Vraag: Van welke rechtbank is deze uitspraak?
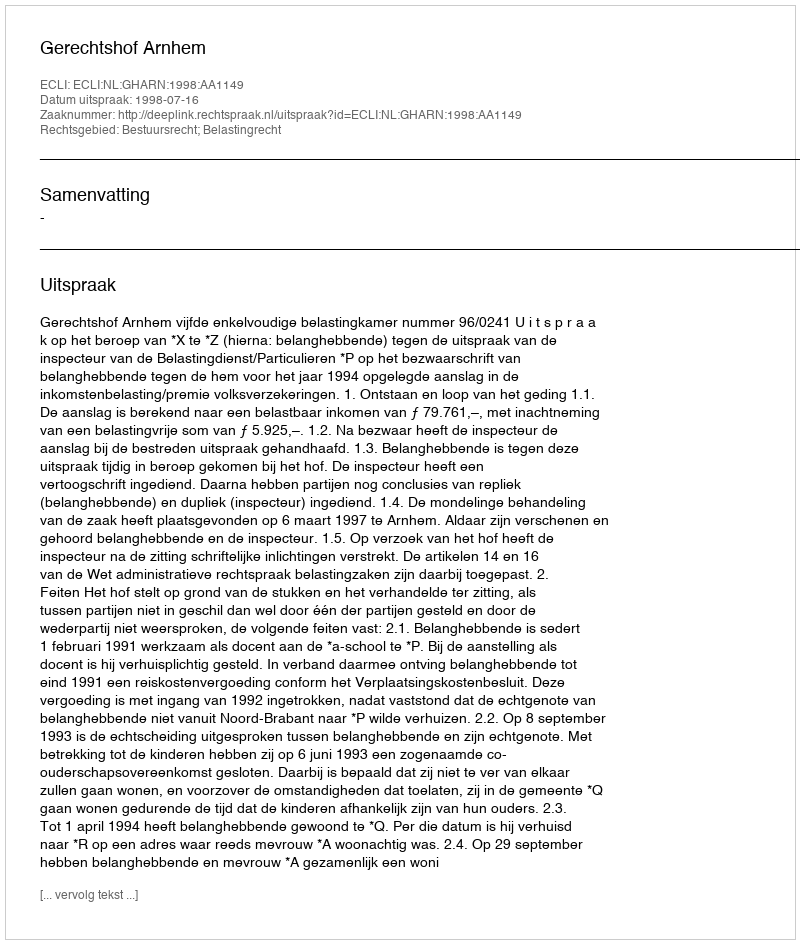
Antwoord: Gerechtshof Arnhem